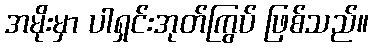
အမိုးမှာ ပါရှင်းအုတ်ကြွပ် ဖြစ်သည်။